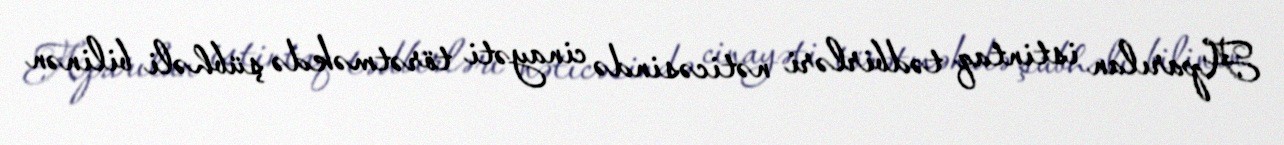
Aparılan istintaq tədbirləri nəticəsində cinayəti törətməkdə şübhəli bilinən